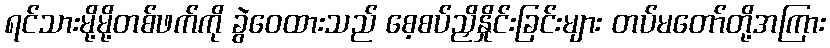
ရင်သားမို့မို့တစ်ဖက်ကို ခွဲဝေထားသည် စေ့စပ်ညှိနှိုင်းခြင်းများ တပ်မတော်တို့အကြား